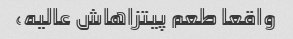
واقعا طعم پیتزاهاش عالیه،